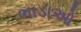
ભાડાઓ